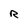
Character: R